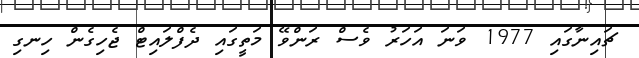
ޗައިނާގައި 1977 ވަނަ އަހަރު ވެސް ރަންވޭ މަތީގައި ދެފްލައިޓް ޖެހިގެން ހިނގި